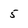
Character: 5